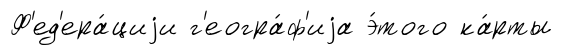
Ф'ед'ера́циjи г'еогра́ф'иjа э́того ка́рты